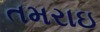
તમરાઇ